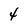
Character: 4